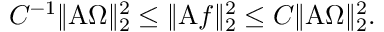
\begin{array} { r } { C ^ { - 1 } \| \mathrm { A } \Omega \| _ { 2 } ^ { 2 } \leq \| \mathrm { A } f \| _ { 2 } ^ { 2 } \leq C \| \mathrm { A } \Omega \| _ { 2 } ^ { 2 } . } \end{array}